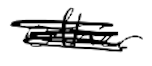
Text: other
Cross-out: scratch
Writing tool: digital_black